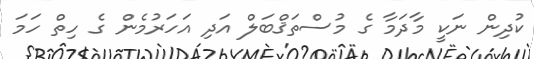
ކުދިން ނަކީ މާދަމާ ގެ މުސްތަޤްބަލް އަދި އަހަރުމެން ގެ ހިތް ހަމަ